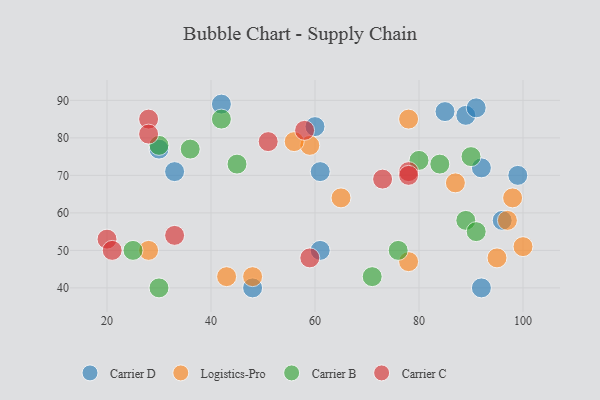
{"axis": {"x": "GDP", "y": "Life Expectancy"}, "legend": ["Carrier B", "Carrier C", "Carrier D", "Logistics-Pro"], "data": [{"x": "60", "y": 83, "type": "Carrier D"}, {"x": "99", "y": 70, "type": "Carrier D"}, {"x": "89", "y": 86, "type": "Carrier D"}, {"x": "92", "y": 72, "type": "Carrier D"}, {"x": "42", "y": 89, "type": "Carrier D"}, {"x": "85", "y": 87, "type": "Carrier D"}, {"x": "33", "y": 71, "type": "Carrier D"}, {"x": "61", "y": 71, "type": "Carrier D"}, {"x": "61", "y": 50, "type": "Carrier D"}, {"x": "92", "y": 40, "type": "Carrier D"}, {"x": "91", "y": 88, "type": "Carrier D"}, {"x": "48", "y": 40, "type": "Carrier D"}, {"x": "30", "y": 77, "type": "Carrier D"}, {"x": "96", "y": 58, "type": "Carrier D"}, {"x": "65", "y": 64, "type": "Logistics-Pro"}, {"x": "100", "y": 51, "type": "Logistics-Pro"}, {"x": "43", "y": 43, "type": "Logistics-Pro"}, {"x": "87", "y": 68, "type": "Logistics-Pro"}, {"x": "97", "y": 58, "type": "Logistics-Pro"}, {"x": "28", "y": 50, "type": "Logistics-Pro"}, {"x": "98", "y": 64, "type": "Logistics-Pro"}, {"x": "95", "y": 48, "type": "Logistics-Pro"}, {"x": "59", "y": 78, "type": "Logistics-Pro"}, {"x": "48", "y": 43, "type": "Logistics-Pro"}, {"x": "78", "y": 85, "type": "Logistics-Pro"}, {"x": "78", "y": 47, "type": "Logistics-Pro"}, {"x": "56", "y": 79, "type": "Logistics-Pro"}, {"x": "25", "y": 50, "type": "Carrier B"}, {"x": "45", "y": 73, "type": "Carrier B"}, {"x": "89", "y": 58, "type": "Carrier B"}, {"x": "71", "y": 43, "type": "Carrier B"}, {"x": "76", "y": 50, "type": "Carrier B"}, {"x": "30", "y": 78, "type": "Carrier B"}, {"x": "30", "y": 40, "type": "Carrier B"}, {"x": "42", "y": 85, "type": "Carrier B"}, {"x": "36", "y": 77, "type": "Carrier B"}, {"x": "84", "y": 73, "type": "Carrier B"}, {"x": "91", "y": 55, "type": "Carrier B"}, {"x": "80", "y": 74, "type": "Carrier B"}, {"x": "90", "y": 75, "type": "Carrier B"}, {"x": "51", "y": 79, "type": "Carrier C"}, {"x": "58", "y": 82, "type": "Carrier C"}, {"x": "73", "y": 69, "type": "Carrier C"}, {"x": "33", "y": 54, "type": "Carrier C"}, {"x": "78", "y": 71, "type": "Carrier C"}, {"x": "59", "y": 48, "type": "Carrier C"}, {"x": "20", "y": 53, "type": "Carrier C"}, {"x": "28", "y": 85, "type": "Carrier C"}, {"x": "78", "y": 70, "type": "Carrier C"}, {"x": "28", "y": 81, "type": "Carrier C"}, {"x": "21", "y": 50, "type": "Carrier C"}]}